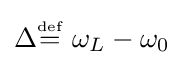
\Delta {\overset {\underset {\mathrm {def} }{}}{=}}\ \omega _{L}-\omega _{0}